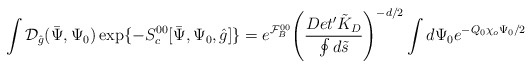
\begin{align*}\int{\mathcal{D}_{\hat{g}}}(\bar{\Psi},{\Psi_0})\exp\{-{S_c^{00}}[\bar{\Psi},{\Psi_0},\hat{g}]\}={e^{\mathcal{F}_B^{00}}}{{\left({{Det'{\tilde{K}_D}}\over{\oint{d}\tilde{s}}}\right)}^{-d/2}}\int{d}{\Psi_0}{e^{-{Q_0}{\chi_o}{\Psi_0}/2}}\end{align*}